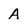
Character: A